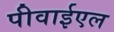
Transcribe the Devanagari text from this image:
पीवाईएल